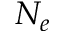
N _ { e }